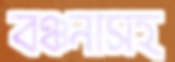
বঞ্চনাসহ